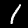
Digit: 1